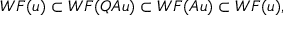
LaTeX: W F ( u ) \subset W F ( Q A u ) \subset W F ( A u ) \subset W F ( u ) ,